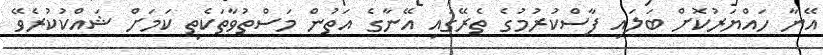
އޭނާ ހައްޔަރުކޮށް ބަލައި ފާސްކުރުމުގެ ތެރޭގައި އޭނާގެ އަތުން މަސްތުވާތަކެތި ކަމަށް ޝައްކުކުރެވޭ